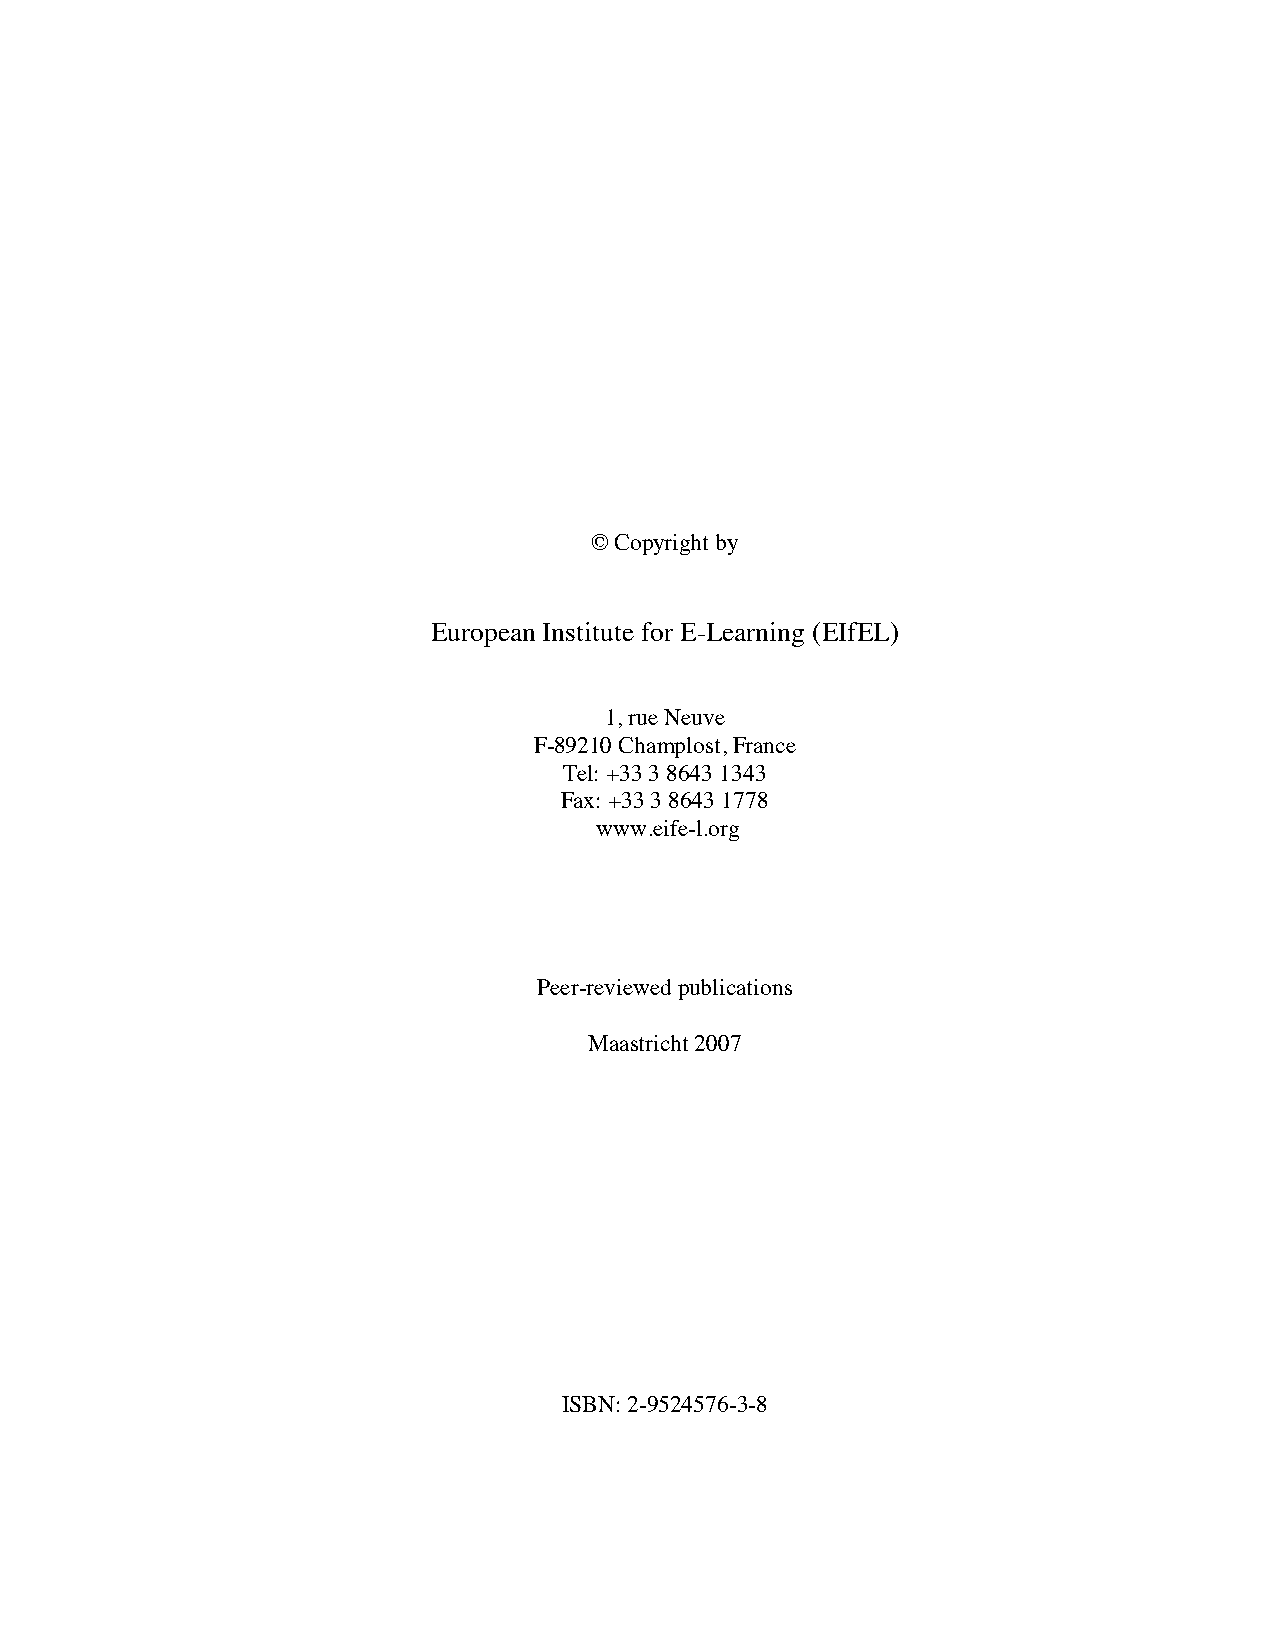
© Copyright by
 European Institute for E-Learning (EIfEL)
 1, rue Neuve
 F-89210 Champlost,France
 Tel: +33 3 8643 1343
 Fax: +33 3 8643 1778
 www.eife-l.org
 Peer-reviewedpublications
 Maastricht 2007
 ISBN: 2-9524576-3-8